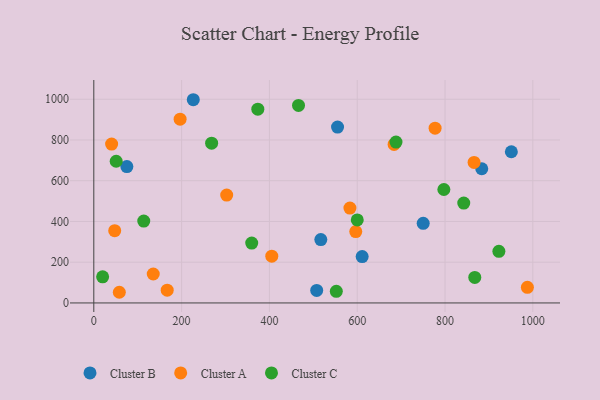
{"axis": {"x": "Investment", "y": "Fuel Efficiency"}, "legend": ["Cluster A", "Cluster B", "Cluster C"], "data": [{"x": "750.3", "y": 390.6, "type": "Cluster B"}, {"x": "611.3", "y": 227.6, "type": "Cluster B"}, {"x": "507.7", "y": 61.5, "type": "Cluster B"}, {"x": "951.1", "y": 742.2, "type": "Cluster B"}, {"x": "75.3", "y": 669.3, "type": "Cluster B"}, {"x": "555.2", "y": 863.1, "type": "Cluster B"}, {"x": "883.7", "y": 658.6, "type": "Cluster B"}, {"x": "226.6", "y": 997.5, "type": "Cluster B"}, {"x": "517.1", "y": 311.3, "type": "Cluster B"}, {"x": "302.7", "y": 529.4, "type": "Cluster A"}, {"x": "987.6", "y": 76.8, "type": "Cluster A"}, {"x": "135.4", "y": 142.2, "type": "Cluster A"}, {"x": "684.0", "y": 778.2, "type": "Cluster A"}, {"x": "777.4", "y": 858.1, "type": "Cluster A"}, {"x": "40.6", "y": 779.6, "type": "Cluster A"}, {"x": "167.2", "y": 62.6, "type": "Cluster A"}, {"x": "47.6", "y": 354.7, "type": "Cluster A"}, {"x": "405.4", "y": 229.6, "type": "Cluster A"}, {"x": "583.4", "y": 465.6, "type": "Cluster A"}, {"x": "596.7", "y": 350.4, "type": "Cluster A"}, {"x": "196.6", "y": 902.0, "type": "Cluster A"}, {"x": "58.1", "y": 52.4, "type": "Cluster A"}, {"x": "866.2", "y": 689.7, "type": "Cluster A"}, {"x": "373.6", "y": 951.0, "type": "Cluster C"}, {"x": "51.0", "y": 695.6, "type": "Cluster C"}, {"x": "922.7", "y": 253.4, "type": "Cluster C"}, {"x": "466.3", "y": 969.3, "type": "Cluster C"}, {"x": "268.4", "y": 784.2, "type": "Cluster C"}, {"x": "359.7", "y": 293.8, "type": "Cluster C"}, {"x": "797.4", "y": 556.8, "type": "Cluster C"}, {"x": "842.7", "y": 490.1, "type": "Cluster C"}, {"x": "867.8", "y": 125.5, "type": "Cluster C"}, {"x": "20.1", "y": 128.2, "type": "Cluster C"}, {"x": "600.1", "y": 407.5, "type": "Cluster C"}, {"x": "552.4", "y": 56.9, "type": "Cluster C"}, {"x": "688.3", "y": 789.4, "type": "Cluster C"}, {"x": "113.8", "y": 401.7, "type": "Cluster C"}]}